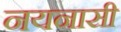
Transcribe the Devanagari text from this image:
नयनासी